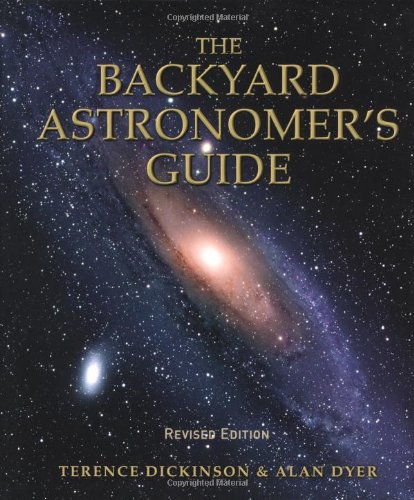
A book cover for The Backyard Astronomer's Guide; Terence Dickinson; Travel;